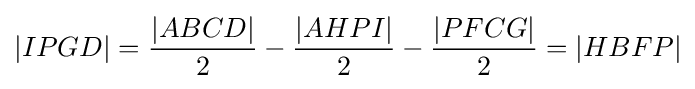
|IPGD|={\frac {|ABCD|}{2}}-{\frac {|AHPI|}{2}}-{\frac {|PFCG|}{2}}=|HBFP|